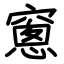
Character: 窻